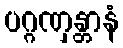
ပဂ္ဂဏှန္တာနံ